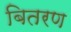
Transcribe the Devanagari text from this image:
बितरण